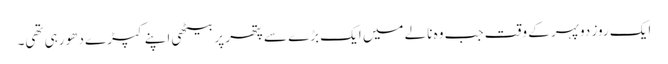
ایک روز دوپہر کے وقت جب وہ نالے میں ایک بڑے سے پتھر پر بیٹھی اپنے کپڑے دھو رہی تھی۔